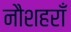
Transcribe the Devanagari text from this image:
नौशहराँ